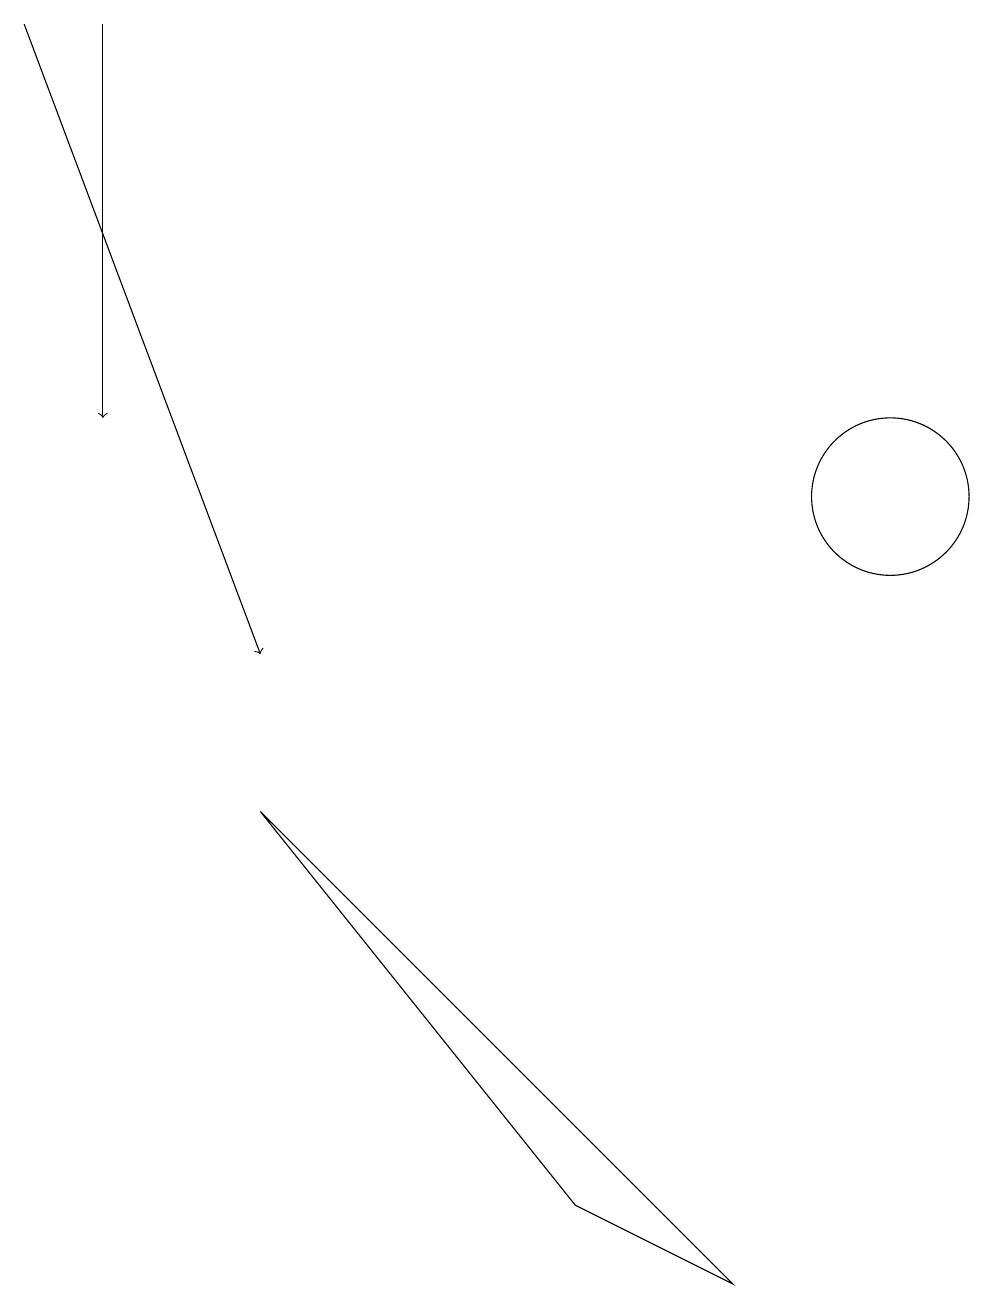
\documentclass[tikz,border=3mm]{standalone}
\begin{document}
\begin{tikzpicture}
\draw (11,12) circle (1);
\draw[->] (1,18) -- (1,13);
\draw (7,3) -- (3,8) -- (9,2) -- cycle;
\draw[->] (0,18) -- (3,10);
\draw (11,11) circle (0);
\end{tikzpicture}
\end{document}